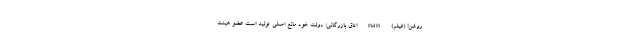
روشن! (فیلم) nan اتاق بازرگانی: دولت خود مانع اصلی تولید است عضو هیئت